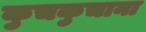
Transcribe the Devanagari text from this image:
कुचकुचाना